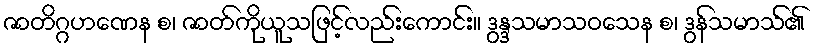
ဇာတိဂ္ဂဟဏေန စ၊ ဇာတ်ကိုယူသဖြင့်လည်းကောင်း။ ဒွန္ဒသမာသဝသေန စ၊ ဒွန်သမာသ်၏